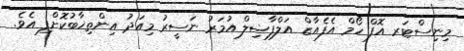
މިނިސްޓަރ އޮފް ހޯމް އެފެއާޒް އަލްފާޟިލް އުމަރު ނަސީރު މިއަދު އިންތިޚާބުކޮށްފި އެވެ.